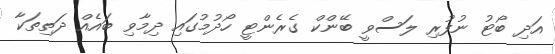
އަދި ބޯޓު ނުފުރި ލަސްވީ ބޭންކް ގެރެންޓީ ހޯދުމުގައި ދިމާވި ބައެއް ދަތިތަކާ